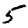
Digit: 5